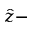
\hat { z } -